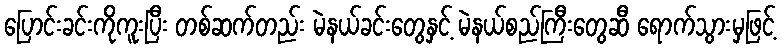
ပြောင်းခင်းကိုကူးပြီး တစ်ဆက်တည်း မဲနယ်ခင်းတွေနှင့် မဲနယ်စည်ကြီးတွေဆီ ရောက်သွားမှဖြင့်